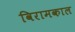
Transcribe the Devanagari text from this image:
विरामकाल